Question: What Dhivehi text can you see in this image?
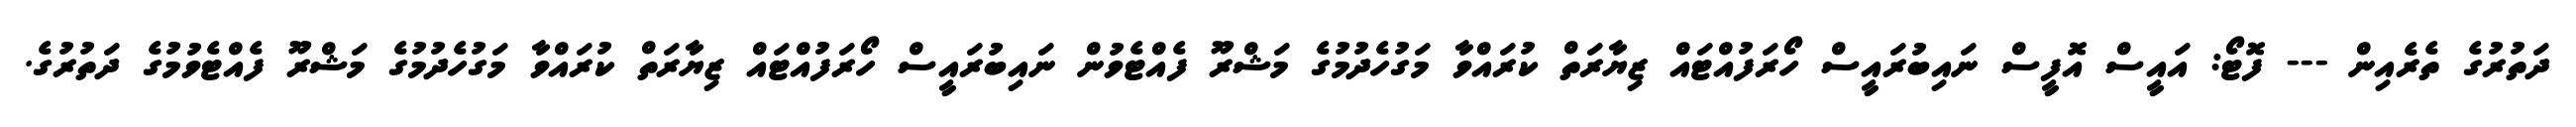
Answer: ދަތުރުގެ ތެރެއިން --- ފޮޓޯ: އައީސް އޮފީސް ނައިބުރައީސް ހޯރަފުއްޓައް ޒިޔާރަތް ކުރައްވާ މަގުހެދުމުގެ މަޝްރޫ ފެއްޓެވުން ނައިބުރައީސް ހޯރަފުއްޓައް ޒިޔާރަތް ކުރައްވާ މަގުހެދުމުގެ މަޝްރޫ ފެއްޓެވުމުގެ ދަތުރުގެ.